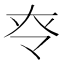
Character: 𡗪